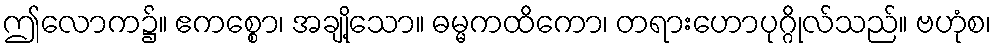
ဤလောက၌။ ဧကစ္စော၊ အချို့သော။ ဓမ္မကထိကော၊ တရားဟောပုဂ္ဂိုလ်သည်။ ဗဟုံစ၊